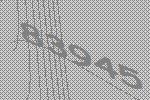
83945